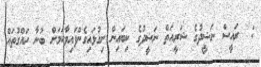
:  ރައީސް ނަޝީދުގެ ޝަރީއަތް ނަޝީދުގެ ކިބައިން ނިގުޅައިގެންފައިވާކަމަށް ބުނާ ހައްގުތައް